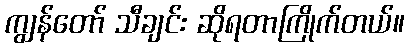
ကျွန်တော် သီချင်း ဆိုရတာကြိုက်တယ်။